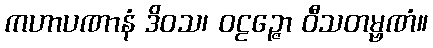
ကဟာပဏာနံ ဒိဝသ၊ ဝဠဉ္ဇော ဝီသတမ္ဗဏံ။